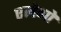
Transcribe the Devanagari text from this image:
एलेगो